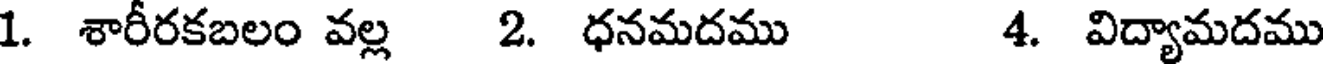
1. శారీరకబలం వల్ల 2. ధనమదము 4. విద్యామదము